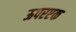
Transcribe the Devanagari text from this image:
ऊपरएक